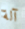
آلة